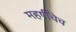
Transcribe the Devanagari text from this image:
महर्षींचेच